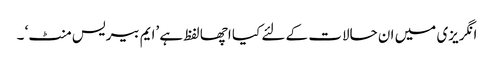
انگریزی میں ان حالات کے لئے کیا اچھا لفظ ہے ’ایم بیریس منٹ‘ ۔